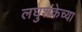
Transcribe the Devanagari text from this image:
लघुशंकेच्या